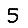
Digit: 5